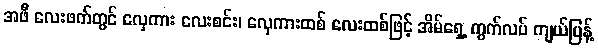
အဖီ လေးဖက်တွင် လှေကား လေးစင်း၊ လှေကားထစ် လေးထစ်ဖြင့် အိမ်ရှေ့ ကွက်လပ် ကျယ်ပြန့်